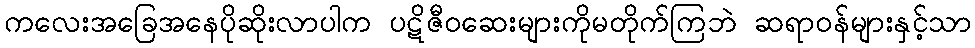
ကလေးအခြေအနေပိုဆိုးလာပါက ပဋိဇီဝဆေးများကိုမတိုက်ကြဘဲ ဆရာဝန်များနှင့်သာ